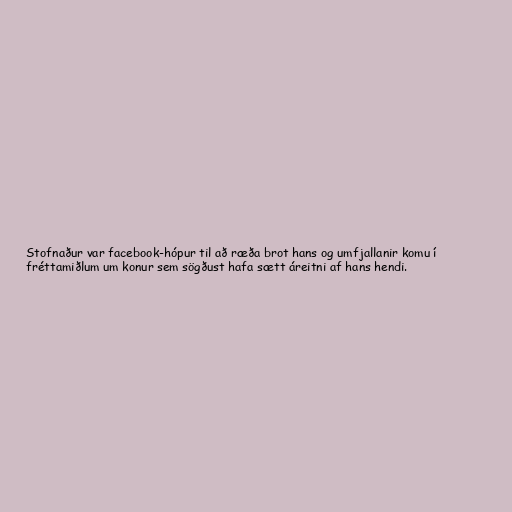
Stofnaður var facebook-hópur til að ræða brot hans og umfjallanir komu í
fréttamiðlum um konur sem sögðust hafa sætt áreitni af hans hendi.